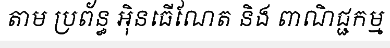
តាម ប្រព័ន្ធ អ៊ិនធើណែត និង ពាណិជ្ជកម្ម